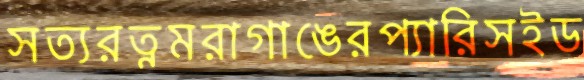
সত্যরত্নমরাগাঙেরপ্যারিসইড